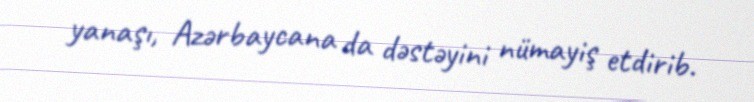
yanaşı, Azərbaycana da dəstəyini nümayiş etdirib.